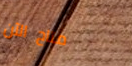
متاح الآن